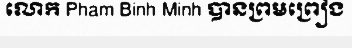
លោក Pham Binh Minh បានព្រមព្រៀង